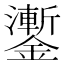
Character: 𨮜